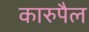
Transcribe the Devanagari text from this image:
कारुपैल